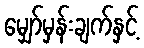
မျှော်မှန်းချက်နှင့်